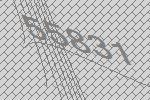
55831